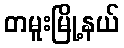
တမူးမြို့နယ်